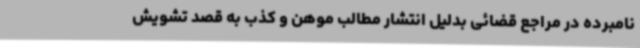
نامبرده در مراجع قضائی بدلیل انتشار مطالب موهن و کذب به قصد تشویش